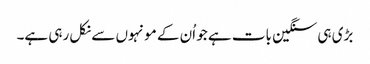
بڑی ہی سنگین بات ہے جو اُن کے مونہوں سے نکل رہی ہے۔